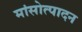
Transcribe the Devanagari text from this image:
मांसोत्पादन